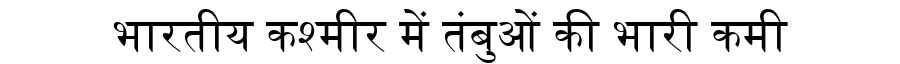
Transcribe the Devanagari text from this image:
भारतीय कश्मीर में तंबुओं की भारी कमी